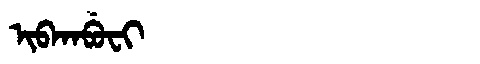
Manchu: ᡳᠪᡴᠠᠪᡠᠸᡳ
Romanization: IBKABUFI